Scottish assistants in French schools and colleges, 1934
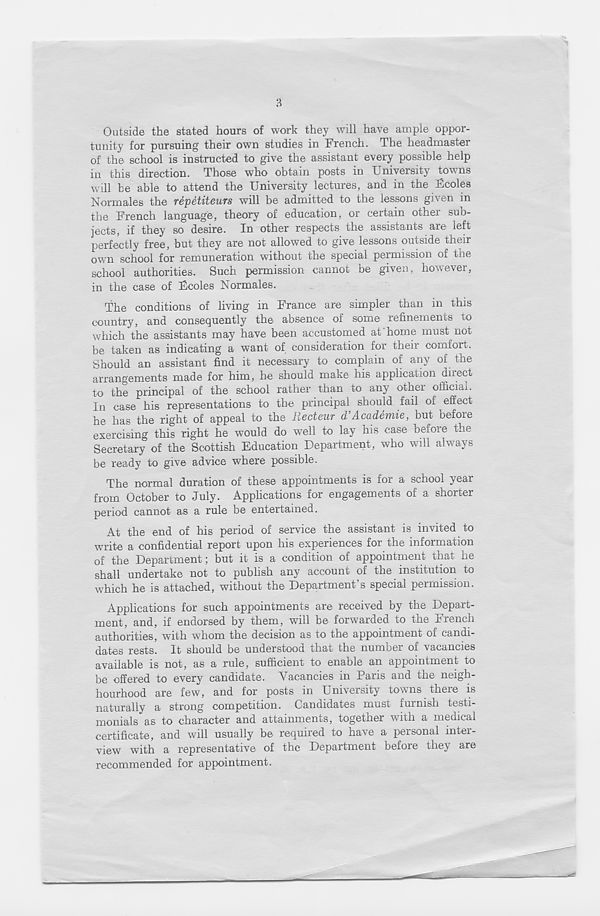
3
Outside the stated hours of work they will have ample oppor-
tunity for pursuing their own studies in French. The headmaster
of the school is instructed to give the assistant every possible help
in this direction. Those who obtain posts in University towns
will be able to attend the University lectures, and in the Ucoles
Normales the repetiteurs will be admitted to the lessons given in
the French language, theory of education, or certain other sub-
jects, if they so desire. In other respects the assistants are' left
perfectly free, but they are not allowed to give lessons outside their
own school for remuneration without the special permission of the
school authorities. Such permission cannot be given, however,
in the case of Fcoles Normales.
The conditions of living in France are simpler than in this
country, and consequently the absence of some refinements to
which the assistants may have been accustomed at home must not
be taken as indicating a want of consideration for their comfort.
Should an assistant find it necessary to complain of any of the
arrangements made for him, he should make his application direct
to the principal of the school rather than to any other official.
In case his representations to the principal should fail of effect
he has the right of appeal to the Recteur d’Academic, but before
exercising this right he would do well to lay ins case before the
Secretary of the Scottish Education Department, who will always
be ready to give advice where possible.
The normal duration of these appointments is for a school year
from October to July. Applications for engagements of a shorter
period cannot as a rule be entertained.
At the end of his period of service the assistant is invited to
write a confidential report upon his experiences for the information
of the Department; but it is a condition of appointment that he
shall undertake not to publish any account of the institution to
which he is attached, without the Department s special permission.
Applications for such appointments are received by the Depart-
ment, and, if endorsed by them, will be forwarded to the French
authorities, with whom the decision as to the appointment of candi-
dates rests. It should be understood that the number of vacancies
available is not, as a rule, sufficient to enable an appointment to
be offered to every candidate. Vacancies in Paris and the neigh-
bourhood are few, and for posts in University towns there is
naturally a strong competition. Candidates must furnish testi-
monials as to character and attainments, together with a medical
certificate, and will usually be required to have a personal inter-
view with a representative of the Department before they are
recommended for appointment.